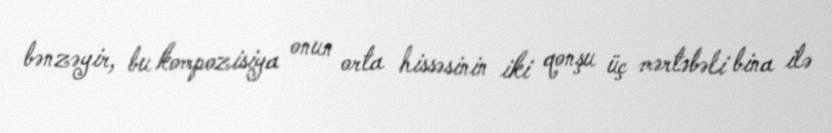
bənzəyir, bu kompozisiya onun orta hissəsinin iki qonşu üç mərtəbəli bina ilə